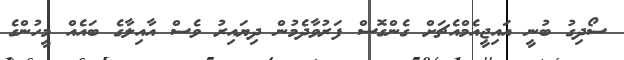
ސޯދިގު ބުނީ އައިޖީއެމްއެޗަށް ގެންގޮސް ފަރުވާދެމުން ދިޔައިރު ވެސް އާއިލާގެ ބައެއް މީހުންގެ